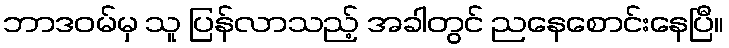
ဘာဒဝမ်မှ သူ ပြန်လာသည့် အခါတွင် ညနေစောင်းနေပြီ။